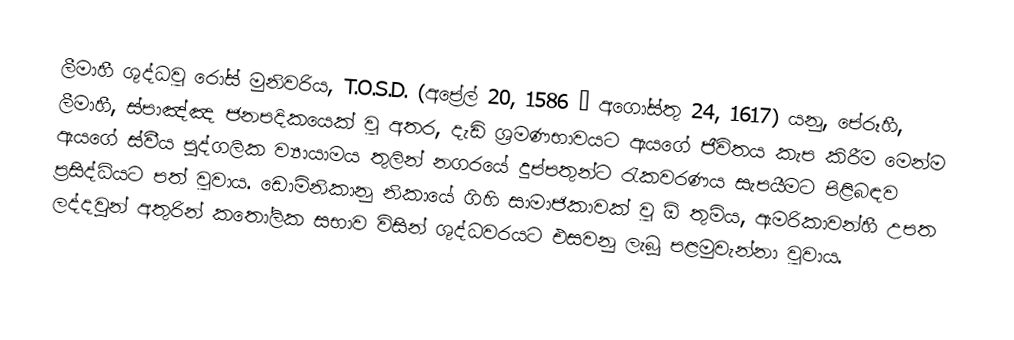
ලීමාහී ශුද්ධවූ රෝස් මුනිවරිය, T.O.S.D. (අප්‍රේල් 20, 1586 – අගෝස්තු 24, 1617) යනු, පේරූහී, ලීමාහී, ස්පාඤ්ඤ ජනපදිකයෙක් වූ අතර, දැඩි ශ්‍රමණභාවයට ඇයගේ ජීවිතය කැප කිරීම මෙන්ම ඇයගේ ස්වීය පුද්ගලික ව්‍යායාමය තුලින් නගරයේ දුප්පතුන්ට රැකවරණය සැපයීමට  පිළිබඳව ප්‍රසිද්ධියට පත් වූවාය. ඩොමිනිකානු නිකායේ ගිහි සාමාජිකාවක් වූ ඕ තුමිය, ඇමරිකාවන්හී උපත ලද්දවුන් අතුරින් කතෝලික සභාව විසින් ශුද්ධවරයට එසවනු ලැබූ පළමුවැන්නා  වූවාය.